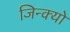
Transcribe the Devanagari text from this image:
जिन्क्यो